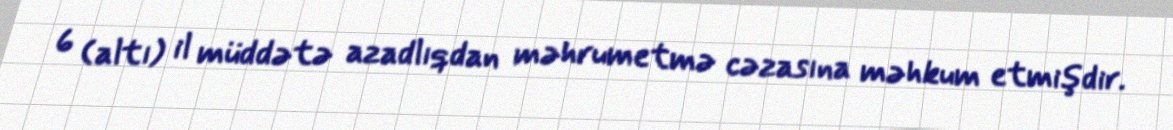
6 (altı) il müddətə azadlıqdan məhrumetmə cəzasına məhkum etmişdir.